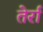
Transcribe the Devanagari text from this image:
तेर्रा